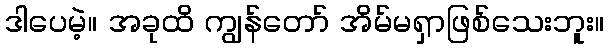
ဒါပေမဲ့။ အခုထိ ကျွန်တော် အိမ်မရှာဖြစ်သေးဘူး။